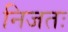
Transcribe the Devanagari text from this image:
निजतः